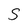
Character: S